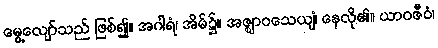
မွေ့လျော်သည် ဖြစ်၍။ အဂါရံ၊ အိမ်၌။ အဇ္ဈာဝသေယျံ၊ နေလို၏။ ယာဝဇီဝံ၊